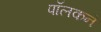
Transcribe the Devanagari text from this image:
पॉलकने